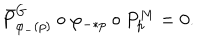
\bar { P } _ { \varphi _ { - } ( p ) } ^ { G } \circ \varphi _ { - * p } \circ P _ { p } ^ { M } = 0 .